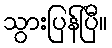
သွားပြန်ပြီ။